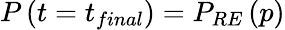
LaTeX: P\left(t=t_{final}\right)=P_{RE}\left(p\right)